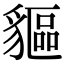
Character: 貙